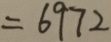
= 6 9 7 2